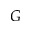
G